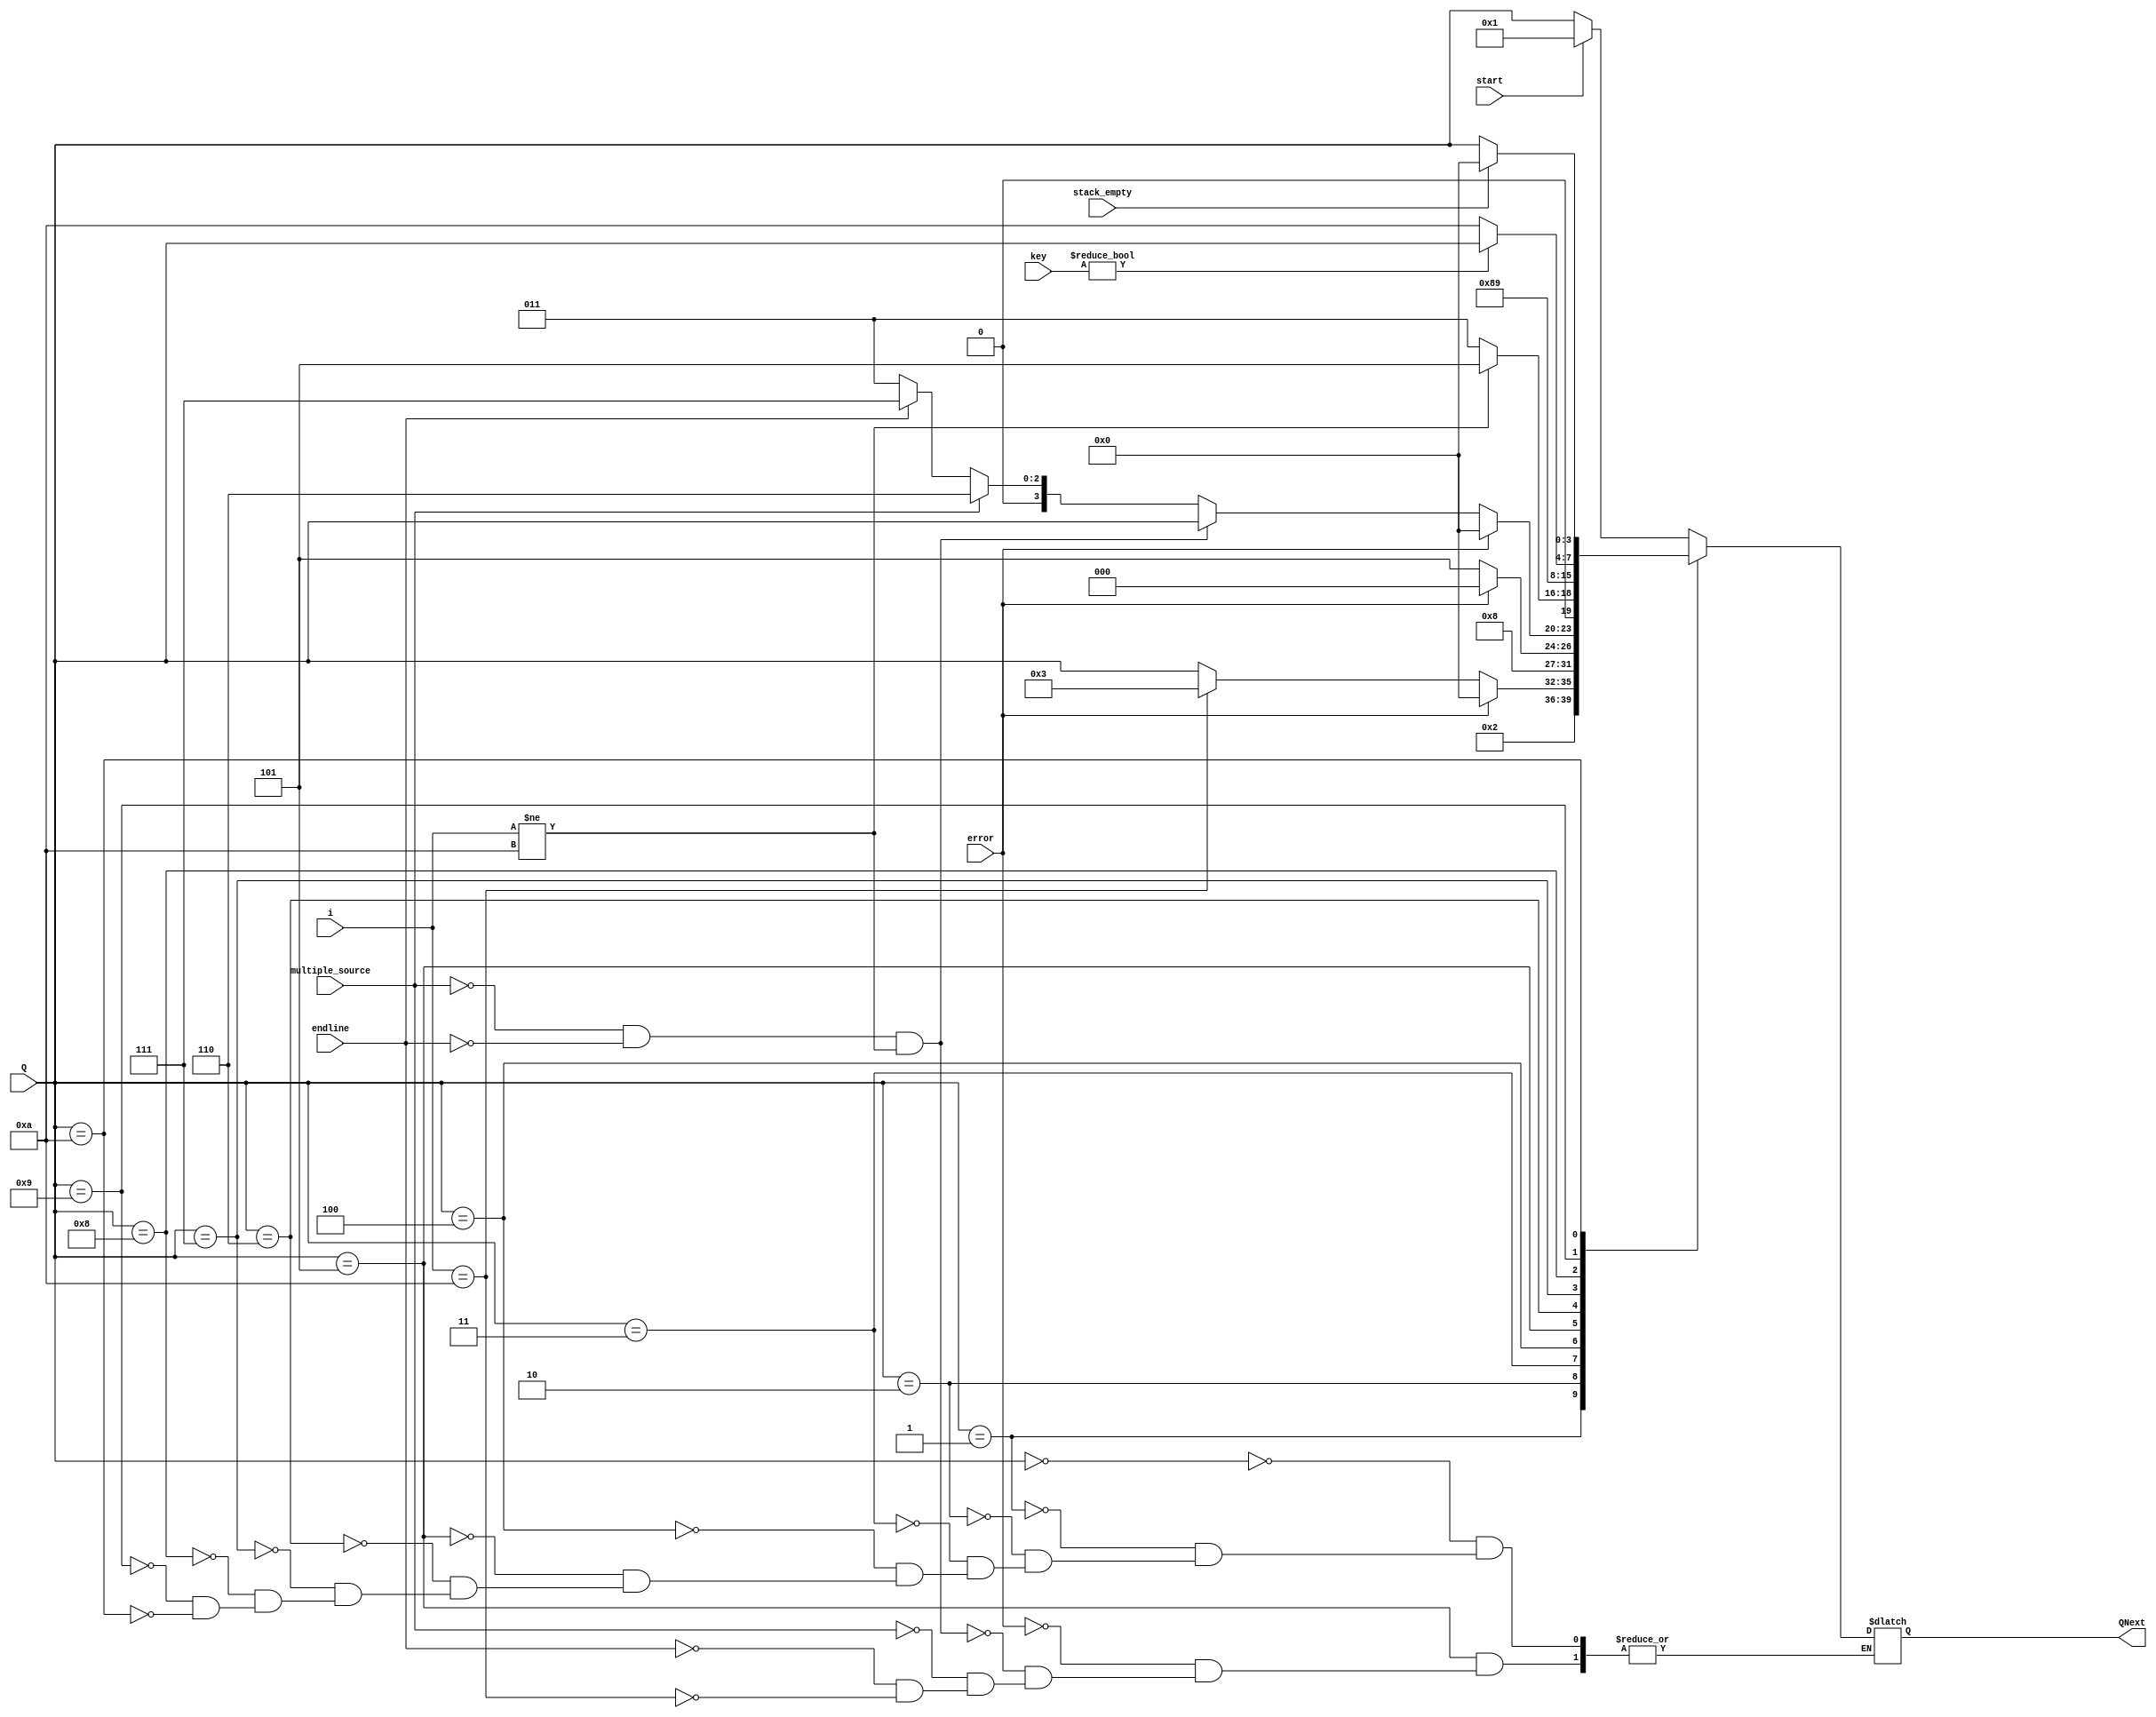
module NextState (start, error, i, multiple_source, endline, key, stack_empty, Q, QNext);
  
    parameter size_state = 4;
    parameter size_key = 8;
    
  input start, error, multiple_source, endline, stack_empty;
  input [size_state-1:0] Q, i;
  input [size_key-1:0] key;
  output reg [size_state-1:0] QNext;
  
  always @(*) begin
    case(Q)
      4'd0: begin
        if (start)
          QNext <= 4'd1;
        else
          QNext <= Q;
      end
      4'd1: begin 
        QNext <= 4'd2;
      end
      4'd2: begin
        if (error)
          QNext <= 0;
        else begin
          if (i == 4'd10)
           QNext <= 4'd3;
          else 
           QNext <= Q; 
        end         
      end 
      
      4'd3: begin
        QNext <= 4'd4;
      end
             
      4'd4: begin
        if (error)
          QNext <= 0;
        else
          QNext <= 4'd5;
      end
      
      4'd5: begin
        if (error)
          QNext <= 0;
        else begin
          if (!multiple_source && !endline && i != 4'd10)
            QNext <= Q;
          else begin
            if (multiple_source)
              QNext <= 4'd6;
            else if (endline)
              QNext <= 4'd7;
            else if (i == 4'd10)
              QNext <= 4'd3;
          end  
        end        
      end 
      
      4'd6: begin
        if (i != 4'd10)
          QNext <= 4'd5;
        else
          QNext <= 4'd3;
      end
      
      4'd7: begin
        QNext <= 4'd8;
      end
      
      4'd8: begin
        QNext <= 4'd9;
      end
      
      4'd9: begin
        if (key != 8'd0)
          QNext <= Q;
        else
          QNext <= 4'd10;
      end
      
      4'd10: begin
        if (!stack_empty)
          QNext <= Q;
        else
          QNext <= 4'd0;
      end
    endcase
  end
  
endmodule